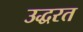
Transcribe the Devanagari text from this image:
उद्धरत